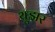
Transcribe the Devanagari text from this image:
यूझर